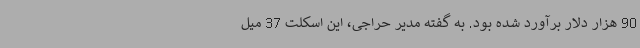
90 هزار دلار برآورد شده بود. به گفته مدیر حراجی، این اسکلت 37 میل